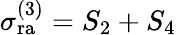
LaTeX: \sigma_{\mathrm{ra}}^{(3)}=S_{2}+S_{4}